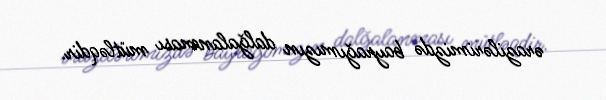
ərazilərimizdə bayrağımızın dalğalanması mütləqdir.